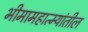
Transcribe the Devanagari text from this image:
भीमामहात्म्यांतील